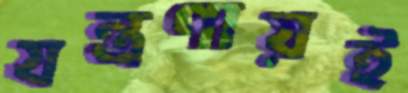
যন্ত্রণায়ই